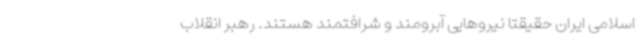
اسلامی ایران حقیقتاً نیروهایی آبرومند و شرافتمند هستند. رهبر انقلاب